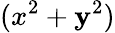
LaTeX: (x^{2}+\mathbf{y}^{2})